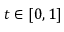
t \in [ 0 , 1 ]